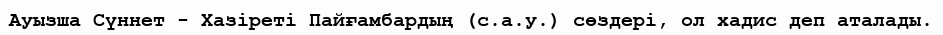
Ауызша Сүннет - Хазіреті Пайғамбардың (с.а.у.) сөздері, ол хадис деп аталады.